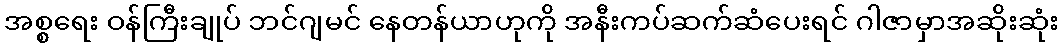
အစ္စရေး ဝန်ကြီးချုပ် ဘင်ဂျမင် နေတန်ယာဟုကို အနီးကပ်ဆက်ဆံပေးရင် ဂါဇာမှာအဆိုးဆုံး